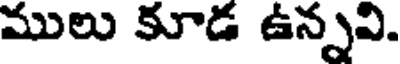
ములు కూడ ఉన్నవి.